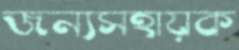
জন্যসহায়ক